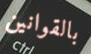
بالقوانين